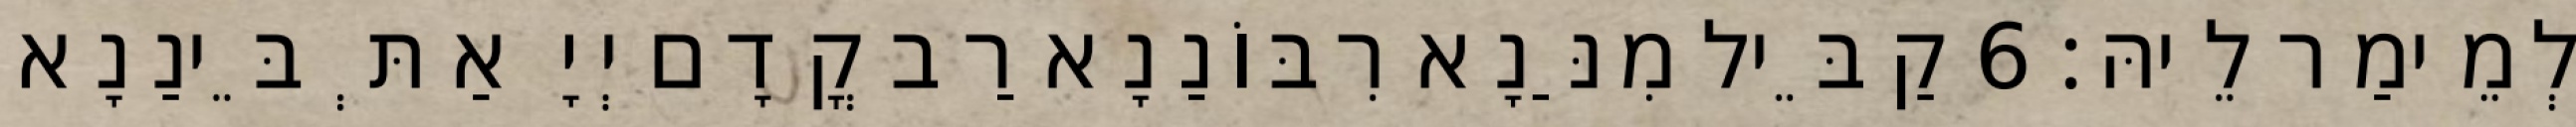
לְמֵימַר לֵיהּ׃ 6 קַבֵּיל מִנַּנָא רִבּוֹנַנָא רַב קֳדָם יְיָ אַתְּ בֵּינַנָא